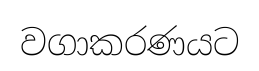
වගාකරණයට